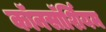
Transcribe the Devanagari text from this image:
कॉनसॉर्शियम